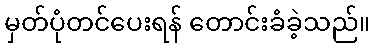
မှတ်ပုံတင်ပေးရန် တောင်းခံခဲ့သည်။